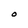
Character: O